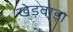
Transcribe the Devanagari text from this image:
खेड़वाड़ा